Calcutta medical institutions reports 1892-1900
Year: 1892
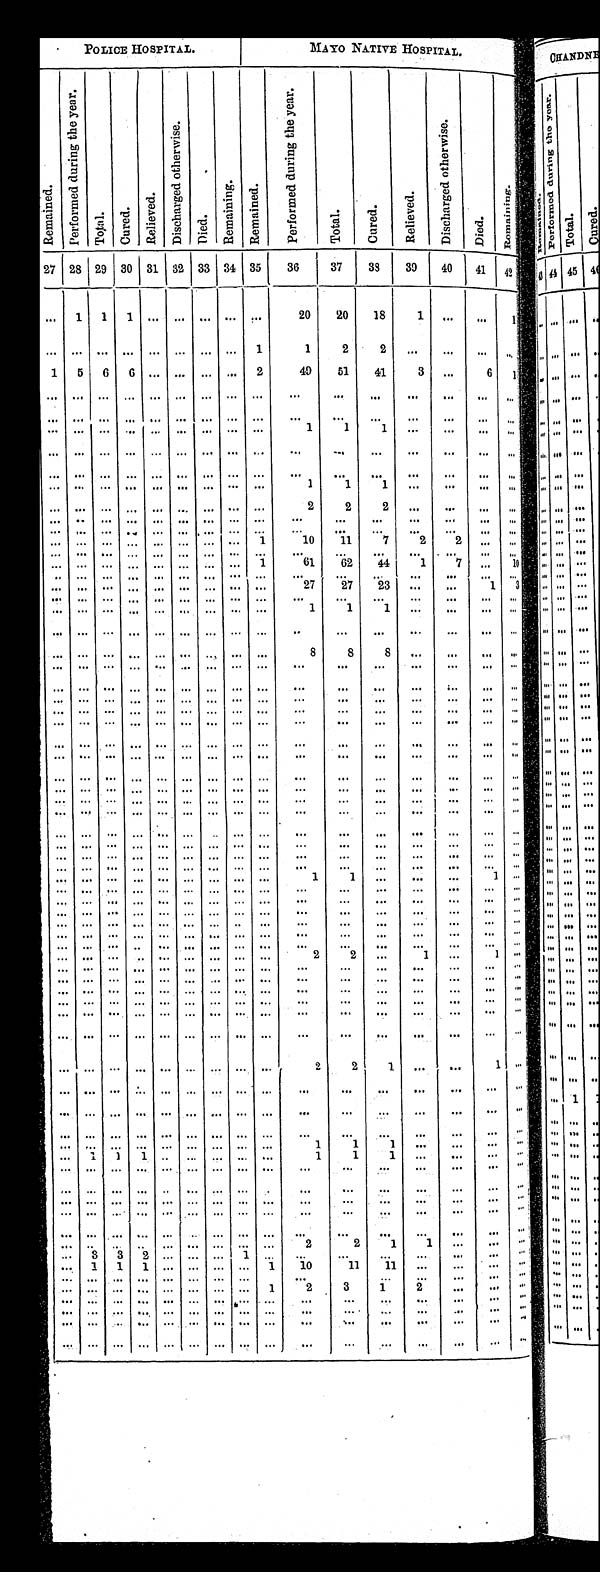
POLICE HOSPITAL.
MAYO NATIVE HOSPITAL.
R e m a i n e d .
P e r f r o m e d d u r i n g t h e y e a r .
T o t a l .
C u r e d .
R e l i e v e d .
D i s c h a r g e d o t h e r w i s e .
D i e d .
R e m a i n i n g .
R e m a i n e d .
P e r f o r m e d d u r i n g t h e y e a r .
T o t a l .
C u r e d .
R e l i e v e d .
D i s c h a r g e d o t h e r w i s e . Died.
R e m a i n i n g .
27 28 29 30 31 32 33
3 4
3 5 36
37
38
39
40
41 42
. . .
1
1
1
. . . . . . . . .
. . .
. . .
20
20
18
1
. . . . . . . . .
. . .
. . .
. . .
. . .
. . . . . . . . .
. . . 1
1
2
2 . . .
. . . . . . . . .
1 5 6 6
. . . . . . . . .
. . . 2
49
51
41 3 . . .
6 1
. . .
. . .
. . .
. . .
. . . . . . . . .
. . .
. . .
. . .
. . .
. . .
. . .
. . .
. . . . . .
. . .
. . .
. . .
. . .
. . . . . . . . .
. . .
. . .
. . .
. . .
. . .
. . .
. . . . . . . . .
. . .
. . .
. . .
. . .
. . . . . . . . .
. . .
. . .
1
1
1
. . .
. . .
. . . . . .
. . .
. . .
. . .
. . .
. . . . . . . . .
. . .
. . .
. . .
. . .
. . . . . .
. . . . . . . . .
. . .
. . .
. . .
. . .
. . . . . . . . .
. . .
. . .
. . .
. . .
. . . . . .
. . . . . . . . .
. . . . . .
. . .
. . .
. . .
. . . . . .
. . .
. . .
1
1
1
. . .
. . .
. . . . . .
. . .
. . .
. . .
. . .
. . . . . . . . .
. . .
. . .
2
2
2
. . .
. . . . . . . . .
. . . . . .
. . .
. . .
. . . . . . . . .
. . .
. . .
. . .
. . .
. . .
. . .
. . . . . .
. . .
. . .
. . .
. . .
. . .
. . . . . . . . .
. . .
. . .
. . .
. . .
. . . . . .
. . . . . .
. . .
. . .
. . .
. . .
. . .
. . . . . . . . .
. . .
1
10
1 1
7
2
2 . . .
. . .
. . .
. . .
. . .
. . .
. . . . . . . . .
. . .
. . .
. . .
. . .
. . .
. . .
. . .
. . .
. . .
. . .
. . .
. . .
. . .
. . .
. . . . . .
. . .
1
6 1 62
44
1
7
. . .
1 0
. . .
. . .
. . .
. . .
. . . . . . . . .
. . .
. . .
. . .
. . .
. . .
. . .
. . . . . . . . .
. . .
. . .
. . .
. . .
. . .
. . . . . .
. . .
. . .
27
27
23
. . .
. . .
1 3
. . .
. . .
. . .
. . .
. . .
. . . . . .
. . .
. . .
. . .
. . .
. . . . . .
. . .
. . . . . .
. . .
. . .
. . .
. . .
. . .
. . . . . .
. . .
. . .
1
1
1 . . .
. . .
. . . . . .
. . .
. . .
. . .
. . .
. . .
. . .
. . .
. . .
. . .
. . .
. . .
. . . . . .
. . .
. . . . . .
. . .
. . .
. . .
. . .
. . .
. . . . . .
. . .
. . .
8
8
8 . . .
. . .
. . . . . .
. . .
. . .
. . .
. . .
. . . . . . . . .
. . .
. . .
. . .
. . .
. . .
. . .
. . .
. . .
. . .
. . .
. . .
. . . . . .
. . . . . . . . .
. . .
. . .
. . .
. . .
. . . . . .
. . . . . . . . .
. . .
. . .
. . .
. . . . . . . . . . . .
. . .
. . .
. . .
. . .
. . . . . .
. . . . . . . . .
. . .
. . .
. . .
. . .
. . . . . . . . .
. . .
. . .
. . .
. . .
. . .
. . .
. . .
. . .
. . .
. . .
. . .
. . .
. . .
. . . . . . . . .
. . .
. . .
. . . . . .
. . .
. . .
. . .
. . .
. . .
. . .
. . .
. . .
. . .
. . . . . . . . .
. . .
. . .
. . .
. . .
. . .
. . .
. . .
. . .
. . .
. . .
. . .
. . .
. . . . . . . . . . . .
. . .
. . .
. . . . . .
. . .
. . .
. . .
. . .
. . .
. . .
. . .
. . .
. . .
. . . . . . . . .
. . .
. . .
. . .
. . .
. . .
. . .
. . .
. . .
. . .
. . .
. . .
. . .
. . .
. . .
. . . . . .
. . .
. . .
. . .
. . .
. . .
. . .
. . .
. . .
. . .
. . .
. . .
. . .
. . .
. . . . . . . . .
. . .
. . .
. . .
. . .
. . .
. . .
. . .
. . .
. . .
. . .
. . .
. . .
. . .
. . . . . . . . .
. . .
. . .
. . . . . .
. . .
. . .
. . .
. . .
. . .
. . .
. . .
. . .
. . .
. . . . . . . . .
. . .
. . .
. . .
. . .
. . . . . .
. . . . . . . . .
. . .
. . .
. . .
. . .
. . .
. . . . . .
. . .
. . .
. . .
. . .
. . .
. . .
. . .
. . .
. . .
. . .
. . .
. . .
. . .
. . .
. . .
. . .
. . .
. . .
. . .
. . .
. . . . . .
. . . . . . . . .
. . .
. . .
. . .
. . .
. . . . . . . . .
. . .
. . .
. . .
. . .
. . .
. . .
. . .
. . .
. . .
. . .
. . .
. . .
. . .
. . . . . . . . .
. . .
. . .
1
1
. . .
. . .
. . .
1 . . .
. . .
. . .
. . .
. . . . . .
. . . . . .
. . .
. . .
. . .
. . .
. . .
. . .
. . .
. . .
. . .
. . .
. . .
. . .
. . . . . .
. . . . . .
. . .
. . .
. . . . . .
. . .
. . . . . . . . . . . .
. . .
. . .
. . .
. . .
. . . . . . . . .
. . .
. . .
. . .
. . .
. . .
. . . . . .
. . .
. . .
. . .
. . .
. . .
. . .
. . . . . . . . . . . .
. . .
. . .
. . .
. . .
. . . . . .
. . . . . .
. . .
. . .
. . . . . .
. . . . . . . . .
. . .
. . .
. . .
. . .
. . . . . . . . .
. . . . . .
. . .
. . .
. . . . . .
. . . . . . . . .
. . . . . .
. . .
. . .
. . . . . . . . .
. . .
. . .
. . .
. . .
. . .
. . .
. . . . . . . . .
. . .
. . .
2
2
. . .
1
. . .
1 . . .
. . .
. . .
. . .
. . .
. . . . . . . . .
. . .
. . .
. . .
. . .
. . .
. . . . . .
. . .
. . .
. . .
. . .
. . .
. . .
. . . . . . . . .
. . .
. . .
. . .
. . .
. . .
. . . . . .
. . . . . .
. . .
. . .
. . .
. . .
. . . . . . . . .
. . .
. . .
. . .
. . .
. . . . . . . . .
. . .
. . .
. . .
. . .
. . .
. . .
. . . . . . . . .
. . .
. . .
. . .
. . .
. . .
. . .
. . .
. . .
. . .
. . .
. . .
. . .
. . .
. . . . . . . . .
. . .
. . .
. . .
. . .
. . .
. . .
. . .
. . .
. . .
. . .
. . .
. . .
. . .
. . . . . . . . .
. . .
. . .
. . .
. . .
. . . . . . . . .
. . . . . .
. . .
. . .
. . .
. . .
. . . . . . . . .
. . .
. . .
2
2
1
. . . . . .
1 . . .
. . .
. . .
. . .
. . .
. . .
. . .
. . .
. . .
. . .
. . .
. . .
. . . . . .
. . .
. . .
. . .
. . .
. . .
. . .
. . . . . . . . .
. . .
. . .
. . .
. . .
. . .
. . .
. . .
. . .
. . .
. . .
. . .
. . .
. . .
. . . . . . . . .
. . .
. . .
. . .
. . .
. . .
. . .
. . .
. . .
. . .
. . .
. . .
. . .
. . .
. . . . . . . . .
. . .
. . .
1
1
1 . . . . . .
. . . . . .
. . .
1
1
1
. . . . . . . . .
. . .
. . .
1
1
1 . . . . . .
. . . . . .
. . .
. . .
. . .
. . .
. . . . . . . . .
. . .
. . .
. . .
. . .
. . .
. . .
. . .
. . . . . .
. . . . . .
. . .
. . . . . . . . . . . .
. . .
. . .
. . .
. . .
. . .
. . .
. . .
. . .
. . .
. . .
. . .
. . .
. . .
. . . . . . . . .
. . .
. . .
. . .
. . .
. . . . . . . . .
. . . . . .
. . .
. . . . . .
. . .
. . .
. . . . . .
. . .
. . . . . .
. . .
. . . . . . . . .
. . . . . .
. . . . . .
. . .
. . . . . .
. . . . . .
. . .
. . .
. . .
. . .
. . .
. . .
. . .
. . .
. . .
. . . . . .
. . .
. . .
. . . . . . . . .
. . .
. . .
2
2
1 1 . . .
. . . . .
. . .
3
3
2
. . . . . . . . .
1
. . .
. . .
. . . . . .
. . . . . .
. . . . . .
. . . 1
1
1
. . . . . . . . .
. . . 1
1 0
1 1
1 1 . . . . . .
. . . . . .
. . .
. . .
. . .
. . .
. . . . . . . . .
. . .
. . . . . .
. . .
. . . . . . . . .
. . . . . .
. . .
. . .
. . .
. . . . . .
. . . . . .
. . .
1
2
3
1
2
. . .
. . .
. . .
. . .
. . .
. . .
. . . . . .
. . . . . .
. . .
. . .
. . . . . .
. . .
. . .
. . .
. . .
. . .
. . .
. . .
. . .
. . .
. . . . . . . . .
. . .
. . .
. . . . . .
. . .
. . .
. . .
. . . . . .
. . .
. . . . . .
. . .
. . . . . . . . .
. . .
. . .
. . .
. . .
. . . . . . . . .
. . .. . .
. . .
. . . . . .
. . .
. . . . . . . . . . . .
. . .
. . .
. . .
. . .
. . .
. . .
. . . . . .